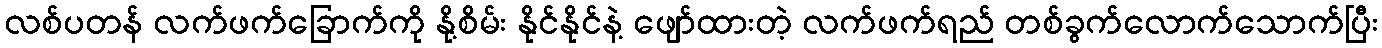
လစ်ပတန် လက်ဖက်ခြောက်ကို နို့စိမ်း နိုင်နိုင်နဲ့ ဖျော်ထားတဲ့ လက်ဖက်ရည် တစ်ခွက်လောက်သောက်ပြီး